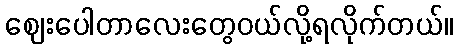
ဈေးပေါတာလေးတွေဝယ်လို့ရလိုက်တယ်။